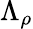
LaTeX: \Lambda_{\rho}